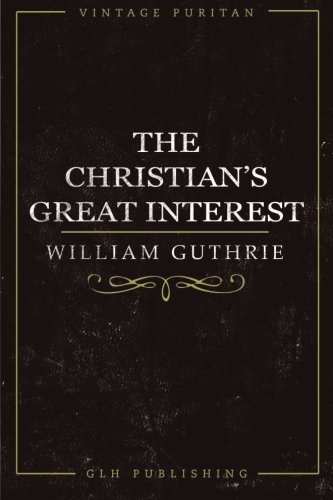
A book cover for The Christian's Great Interest (Vintage Puritan); William Guthrie; Christian Books & Bibles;